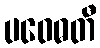
ပဝေဓတီ